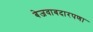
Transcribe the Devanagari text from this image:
बेजवाबदारपणा